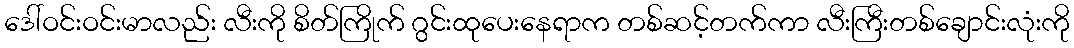
ဒေါ်ဝင်းဝင်းမာလည်း လီးကို စိတ်ကြိုက် ဂွင်းထုပေးနေရာက တစ်ဆင့်တက်ကာ လီးကြီးတစ်ချောင်းလုံးကို